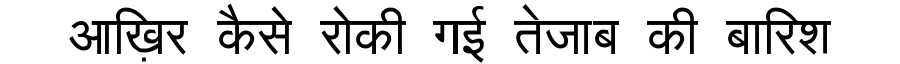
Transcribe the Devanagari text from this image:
आख़िर कैसे रोकी गई तेजाब की बारिश